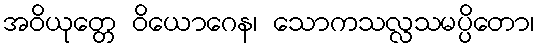
အဝိယုတ္တေ ဝိယောဂေန၊ သောကသလ္လသမပ္ပိတော၊